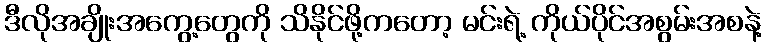
ဒီလိုအချိုးအကွေ့တွေကို သိနိုင်ဖို့ကတော့ မင်းရဲ့ ကိုယ်ပိုင်အစွမ်းအစနဲ့